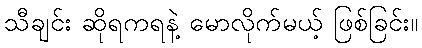
သီချင်း ဆိုရကရနဲ့ မောလိုက်မယ့် ဖြစ်ခြင်း။